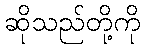
ဆိုသည်တို့ကို